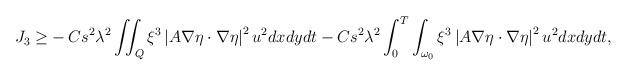
LaTeX: \begin{align*}\begin{aligned}J_3\ge &-C s^2 \lambda^2 \iint_{Q} \xi^3 \left|A \nabla \eta \cdot \nabla \eta \right|^2 u^2 dx dydt -C s^2 \lambda^2 \int_{0}^{T}\int_{\omega_0} \xi^3 \left|A \nabla \eta \cdot \nabla \eta \right|^2 u^2 dx dydt,\end{aligned}\end{align*}